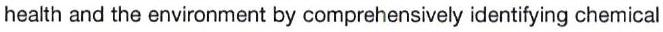
health and the environment by comprehensively identifying chemical